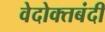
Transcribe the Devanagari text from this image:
वेदोक्तबंदी